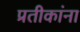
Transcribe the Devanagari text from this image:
प्रतीकांना